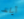
آيلند